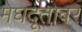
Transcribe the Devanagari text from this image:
मेघदूतावर